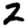
Digit: 2